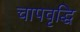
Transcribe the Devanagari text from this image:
चापवृद्धि